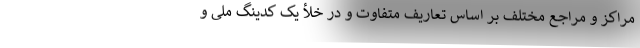
مراکز و مراجع مختلف بر اساس تعاریف متفاوت و در خلأ یک کدینگ ملی و